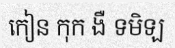
កៀន កុក ងឺ ទមិឡ